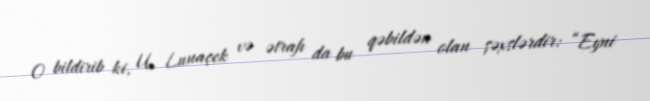
O bildirib ki, U. Lunaçek və ətrafı da bu qəbildən olan şəxslərdir: “Eyni